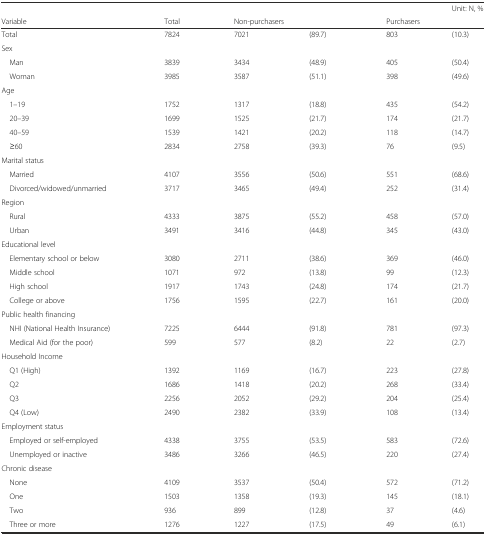
<table><thead><tr><td></td><td></td><td></td><td></td><td></td><td><b>Unit: N, %</b></td></tr><tr><td><b>Variable</b></td><td><b>Total</b></td><td colspan="2"><b>Non-purchasers</b></td><td colspan="2"><b>Purchasers</b></td></tr></thead><tbody><tr><td>Total</td><td>7824</td><td>7021</td><td>(89.7)</td><td>803</td><td>(10.3)</td></tr><tr><td>Sex</td><td></td><td></td><td></td><td></td><td></td></tr><tr><td> Man</td><td>3839</td><td>3434</td><td>(48.9)</td><td>405</td><td>(50.4)</td></tr><tr><td> Woman</td><td>3985</td><td>3587</td><td>(51.1)</td><td>398</td><td>(49.6)</td></tr><tr><td>Age</td><td></td><td></td><td></td><td></td><td></td></tr><tr><td> 1–19</td><td>1752</td><td>1317</td><td>(18.8)</td><td>435</td><td>(54.2)</td></tr><tr><td> 20–39</td><td>1699</td><td>1525</td><td>(21.7)</td><td>174</td><td>(21.7)</td></tr><tr><td> 40–59</td><td>1539</td><td>1421</td><td>(20.2)</td><td>118</td><td>(14.7)</td></tr><tr><td> ≥60</td><td>2834</td><td>2758</td><td>(39.3)</td><td>76</td><td>(9.5)</td></tr><tr><td>Marital status</td><td></td><td></td><td></td><td></td><td></td></tr><tr><td> Married</td><td>4107</td><td>3556</td><td>(50.6)</td><td>551</td><td>(68.6)</td></tr><tr><td> Divorced/widowed/unmarried</td><td>3717</td><td>3465</td><td>(49.4)</td><td>252</td><td>(31.4)</td></tr><tr><td>Region</td><td></td><td></td><td></td><td></td><td></td></tr><tr><td> Rural</td><td>4333</td><td>3875</td><td>(55.2)</td><td>458</td><td>(57.0)</td></tr><tr><td> Urban</td><td>3491</td><td>3416</td><td>(44.8)</td><td>345</td><td>(43.0)</td></tr><tr><td>Educational level</td><td></td><td></td><td></td><td></td><td></td></tr><tr><td> Elementary school or below</td><td>3080</td><td>2711</td><td>(38.6)</td><td>369</td><td>(46.0)</td></tr><tr><td> Middle school</td><td>1071</td><td>972</td><td>(13.8)</td><td>99</td><td>(12.3)</td></tr><tr><td> High school</td><td>1917</td><td>1743</td><td>(24.8)</td><td>174</td><td>(21.7)</td></tr><tr><td> College or above</td><td>1756</td><td>1595</td><td>(22.7)</td><td>161</td><td>(20.0)</td></tr><tr><td>Public health financing</td><td></td><td></td><td></td><td></td><td></td></tr><tr><td> NHI (National Health Insurance)</td><td>7225</td><td>6444</td><td>(91.8)</td><td>781</td><td>(97.3)</td></tr><tr><td> Medical Aid (for the poor)</td><td>599</td><td>577</td><td>(8.2)</td><td>22</td><td>(2.7)</td></tr><tr><td>Household Income</td><td></td><td></td><td></td><td></td><td></td></tr><tr><td> Q1 (High)</td><td>1392</td><td>1169</td><td>(16.7)</td><td>223</td><td>(27.8)</td></tr><tr><td> Q2</td><td>1686</td><td>1418</td><td>(20.2)</td><td>268</td><td>(33.4)</td></tr><tr><td> Q3</td><td>2256</td><td>2052</td><td>(29.2)</td><td>204</td><td>(25.4)</td></tr><tr><td> Q4 (Low)</td><td>2490</td><td>2382</td><td>(33.9)</td><td>108</td><td>(13.4)</td></tr><tr><td>Employment status</td><td></td><td></td><td></td><td></td><td></td></tr><tr><td> Employed or self-employed</td><td>4338</td><td>3755</td><td>(53.5)</td><td>583</td><td>(72.6)</td></tr><tr><td> Unemployed or inactive</td><td>3486</td><td>3266</td><td>(46.5)</td><td>220</td><td>(27.4)</td></tr><tr><td>Chronic disease</td><td></td><td></td><td></td><td></td><td></td></tr><tr><td> None</td><td>4109</td><td>3537</td><td>(50.4)</td><td>572</td><td>(71.2)</td></tr><tr><td> One</td><td>1503</td><td>1358</td><td>(19.3)</td><td>145</td><td>(18.1)</td></tr><tr><td> Two</td><td>936</td><td>899</td><td>(12.8)</td><td>37</td><td>(4.6)</td></tr><tr><td> Three or more</td><td>1276</td><td>1227</td><td>(17.5)</td><td>49</td><td>(6.1)</td></tr></tbody></table>